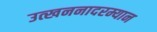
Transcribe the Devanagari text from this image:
उत्खननादरम्यान